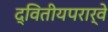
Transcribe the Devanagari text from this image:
द्वितीयपरार्वे